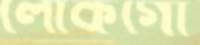
লোকগো